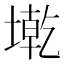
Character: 墘